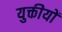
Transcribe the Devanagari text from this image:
युक्तीयों